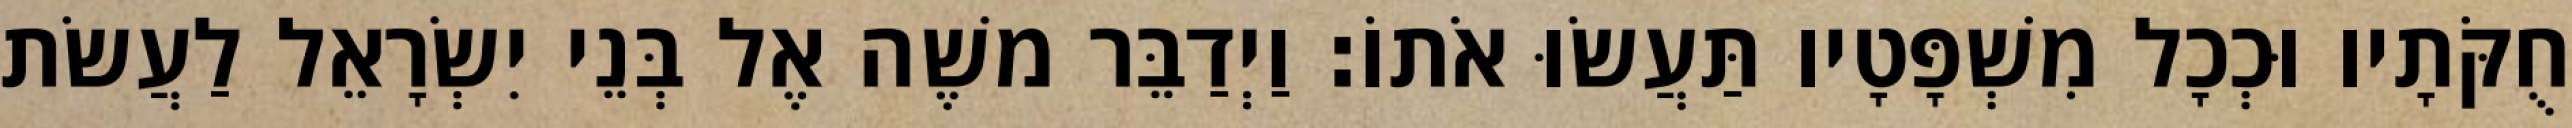
חֻקֹּתָיו וּכְכָל מִשְׁפָּטָיו תַּעֲשׂוּ אֹתוֹ׃ וַיְדַבֵּר משֶׁה אֶל בְּנֵי יִשְׂרָאֵל לַעֲשׂת